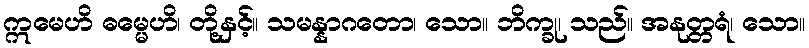
ဣမေဟိ ဓမ္မေဟိ၊ တို့နှင့်။ သမန္နာဂတော၊ သော။ ဘိက္ခု၊ သည်။ အနုတ္တရံ၊ သော။